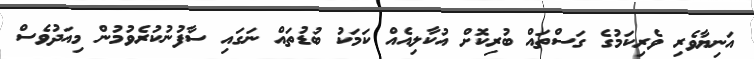
އަނިޔާވެރި ވެރިކަމުގެ ގަސްތައް ބުރިކޮށް އުކާލިއެއް ކަމަކު ބުޑުތައް ނަގައި ސާފުނުކުރެވުމުން މިއަދުވެސް